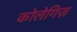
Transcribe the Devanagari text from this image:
कोलेगिज़